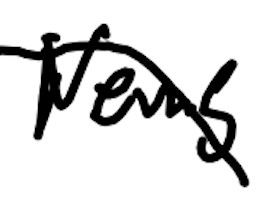
Text: News
Cross-out: diagonal
Writing tool: digital_black